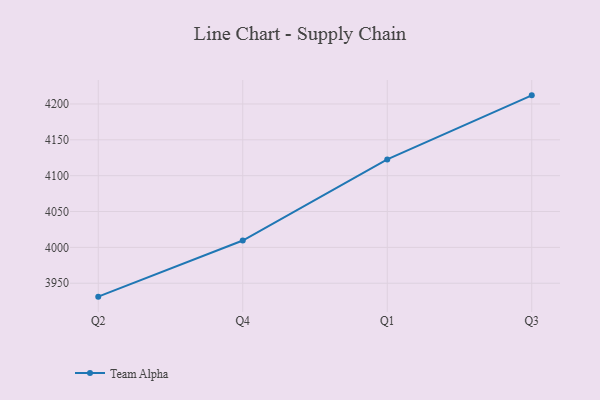
{"axis": {"x": "Quarter", "y": "Satisfaction Score"}, "legend": ["Team Alpha"], "data": [{"x": "Q2", "y": 3931.3, "type": "Team Alpha"}, {"x": "Q4", "y": 4009.6, "type": "Team Alpha"}, {"x": "Q1", "y": 4122.7, "type": "Team Alpha"}, {"x": "Q3", "y": 4212.0, "type": "Team Alpha"}]}